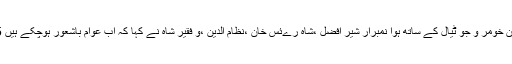
اس سلسلے میں چوتھا پروگرام اہلیان خومر و جو ٹیال کے ساتھ ہوا نمبرار شیر افضل ،شاہ رےئس خان ،نظام الدین ،و فقیر شاہ نے کہا کہ اب عوام باشعور ہوچکے ہیں 15ج اپریل کا دن تاریخی دن ہوگا ۔